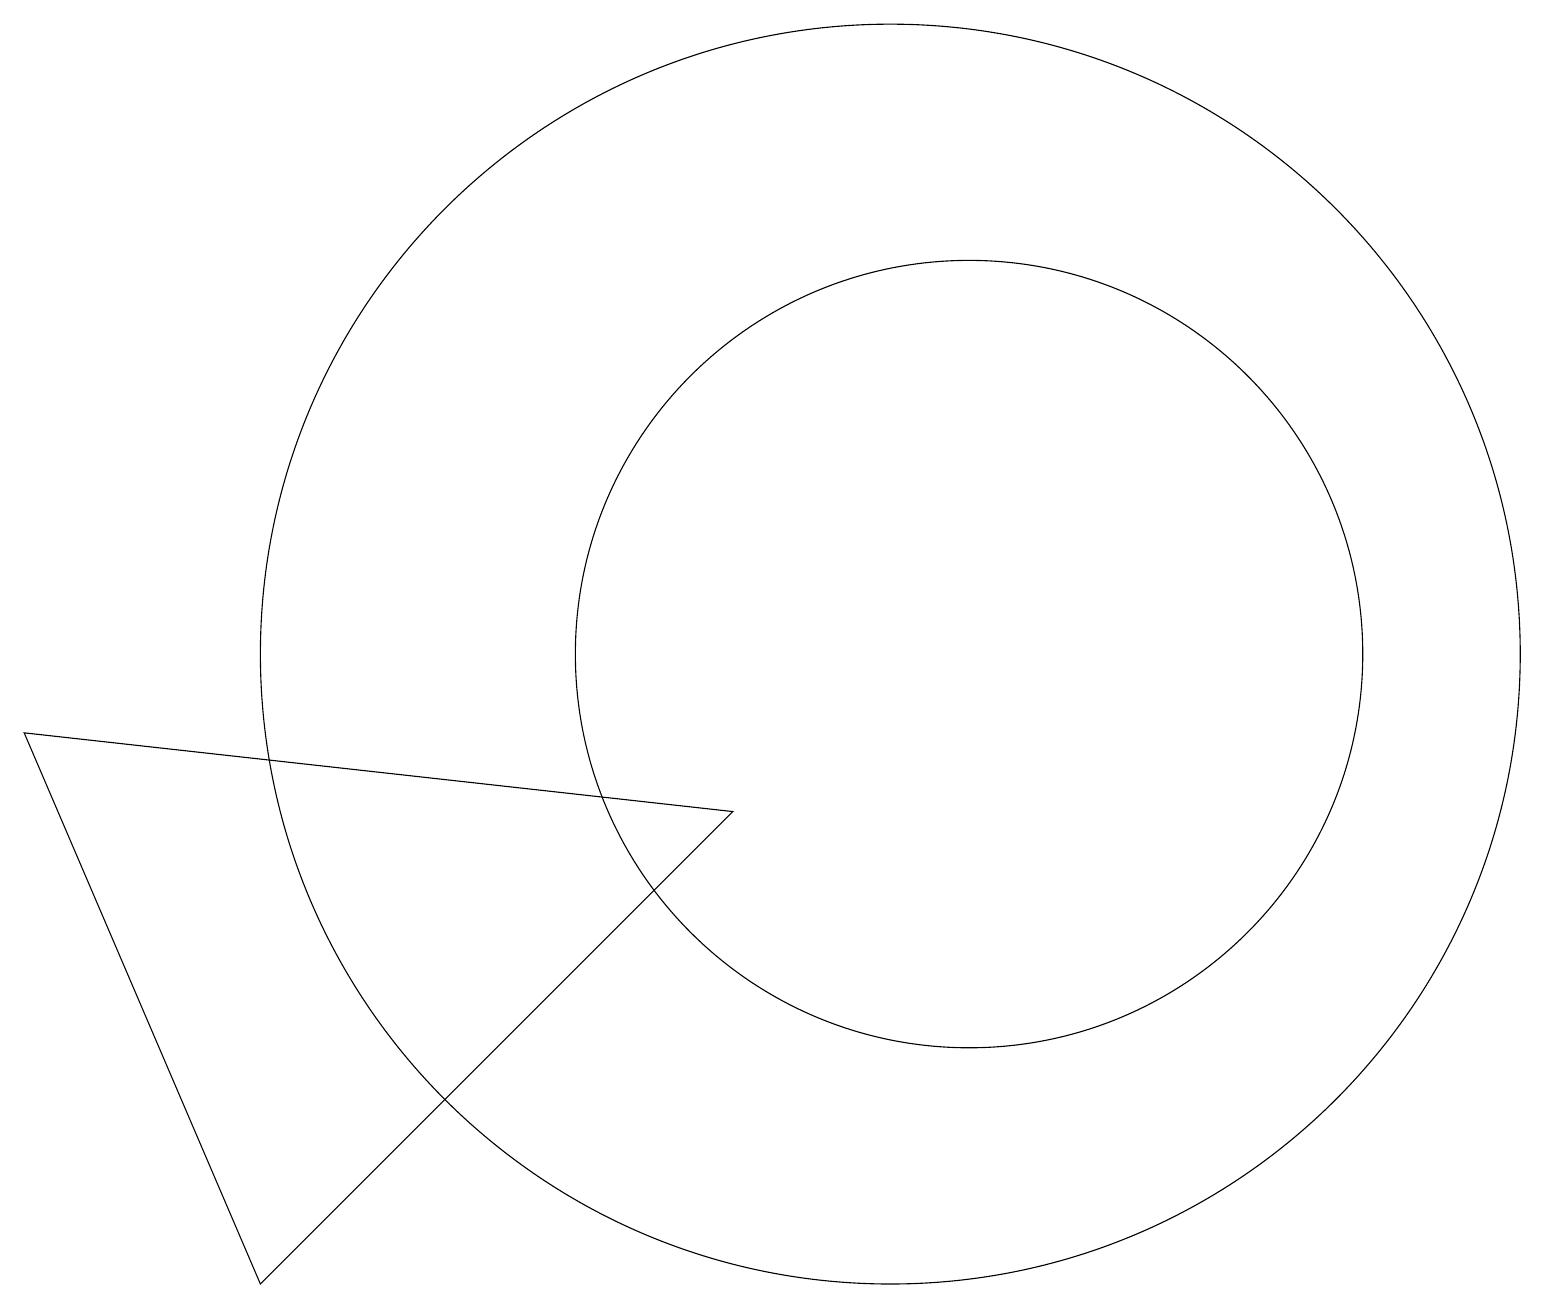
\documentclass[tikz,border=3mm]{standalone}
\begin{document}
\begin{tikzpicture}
\draw (9,8) -- (3,2) -- (0,9) -- cycle;
\draw (11,10) circle (8);
\draw (12,10) circle (0);
\draw (12,10) circle (5);
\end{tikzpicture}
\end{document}